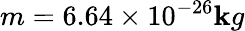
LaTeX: m=6.64\times10^{-26}\mathbf{k}g